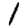
Digit: 1